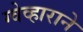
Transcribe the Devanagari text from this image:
ग्वेव्हाराने